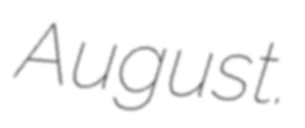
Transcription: August.